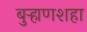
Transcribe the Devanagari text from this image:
बुऱ्हाणशहा